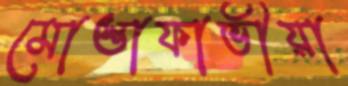
মোস্তাফাভীয়া